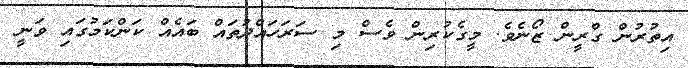
އިތުރުން ގްރީން ޒޯނެވެ. މީގެކުރިން ވެސް މި ސަރަހައްދުތައް ބައެއް ކަންކަމުގައި ވަނީ